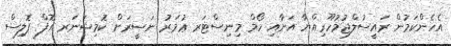
އެހެންކަމުން ރައީސުލްޖުމުހޫރިއްޔާ އަށާއި ހޯމް މިނިސްޓަރ ޢުމަރު ނަޞީރަށް ކޮމިޝަނަރ އޮފް ޕޮލިސް